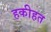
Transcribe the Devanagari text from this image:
हकीहत